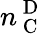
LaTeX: n_{\mathrm{~C~}}^{\mathrm{~D~}}